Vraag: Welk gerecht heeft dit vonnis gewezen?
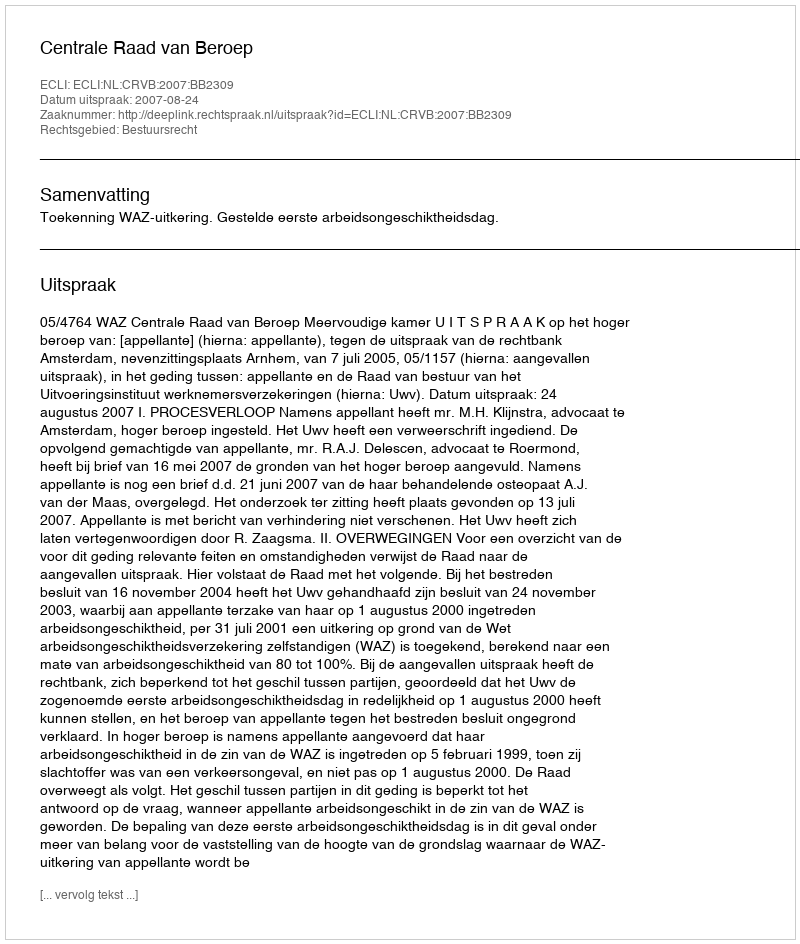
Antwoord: Centrale Raad van Beroep